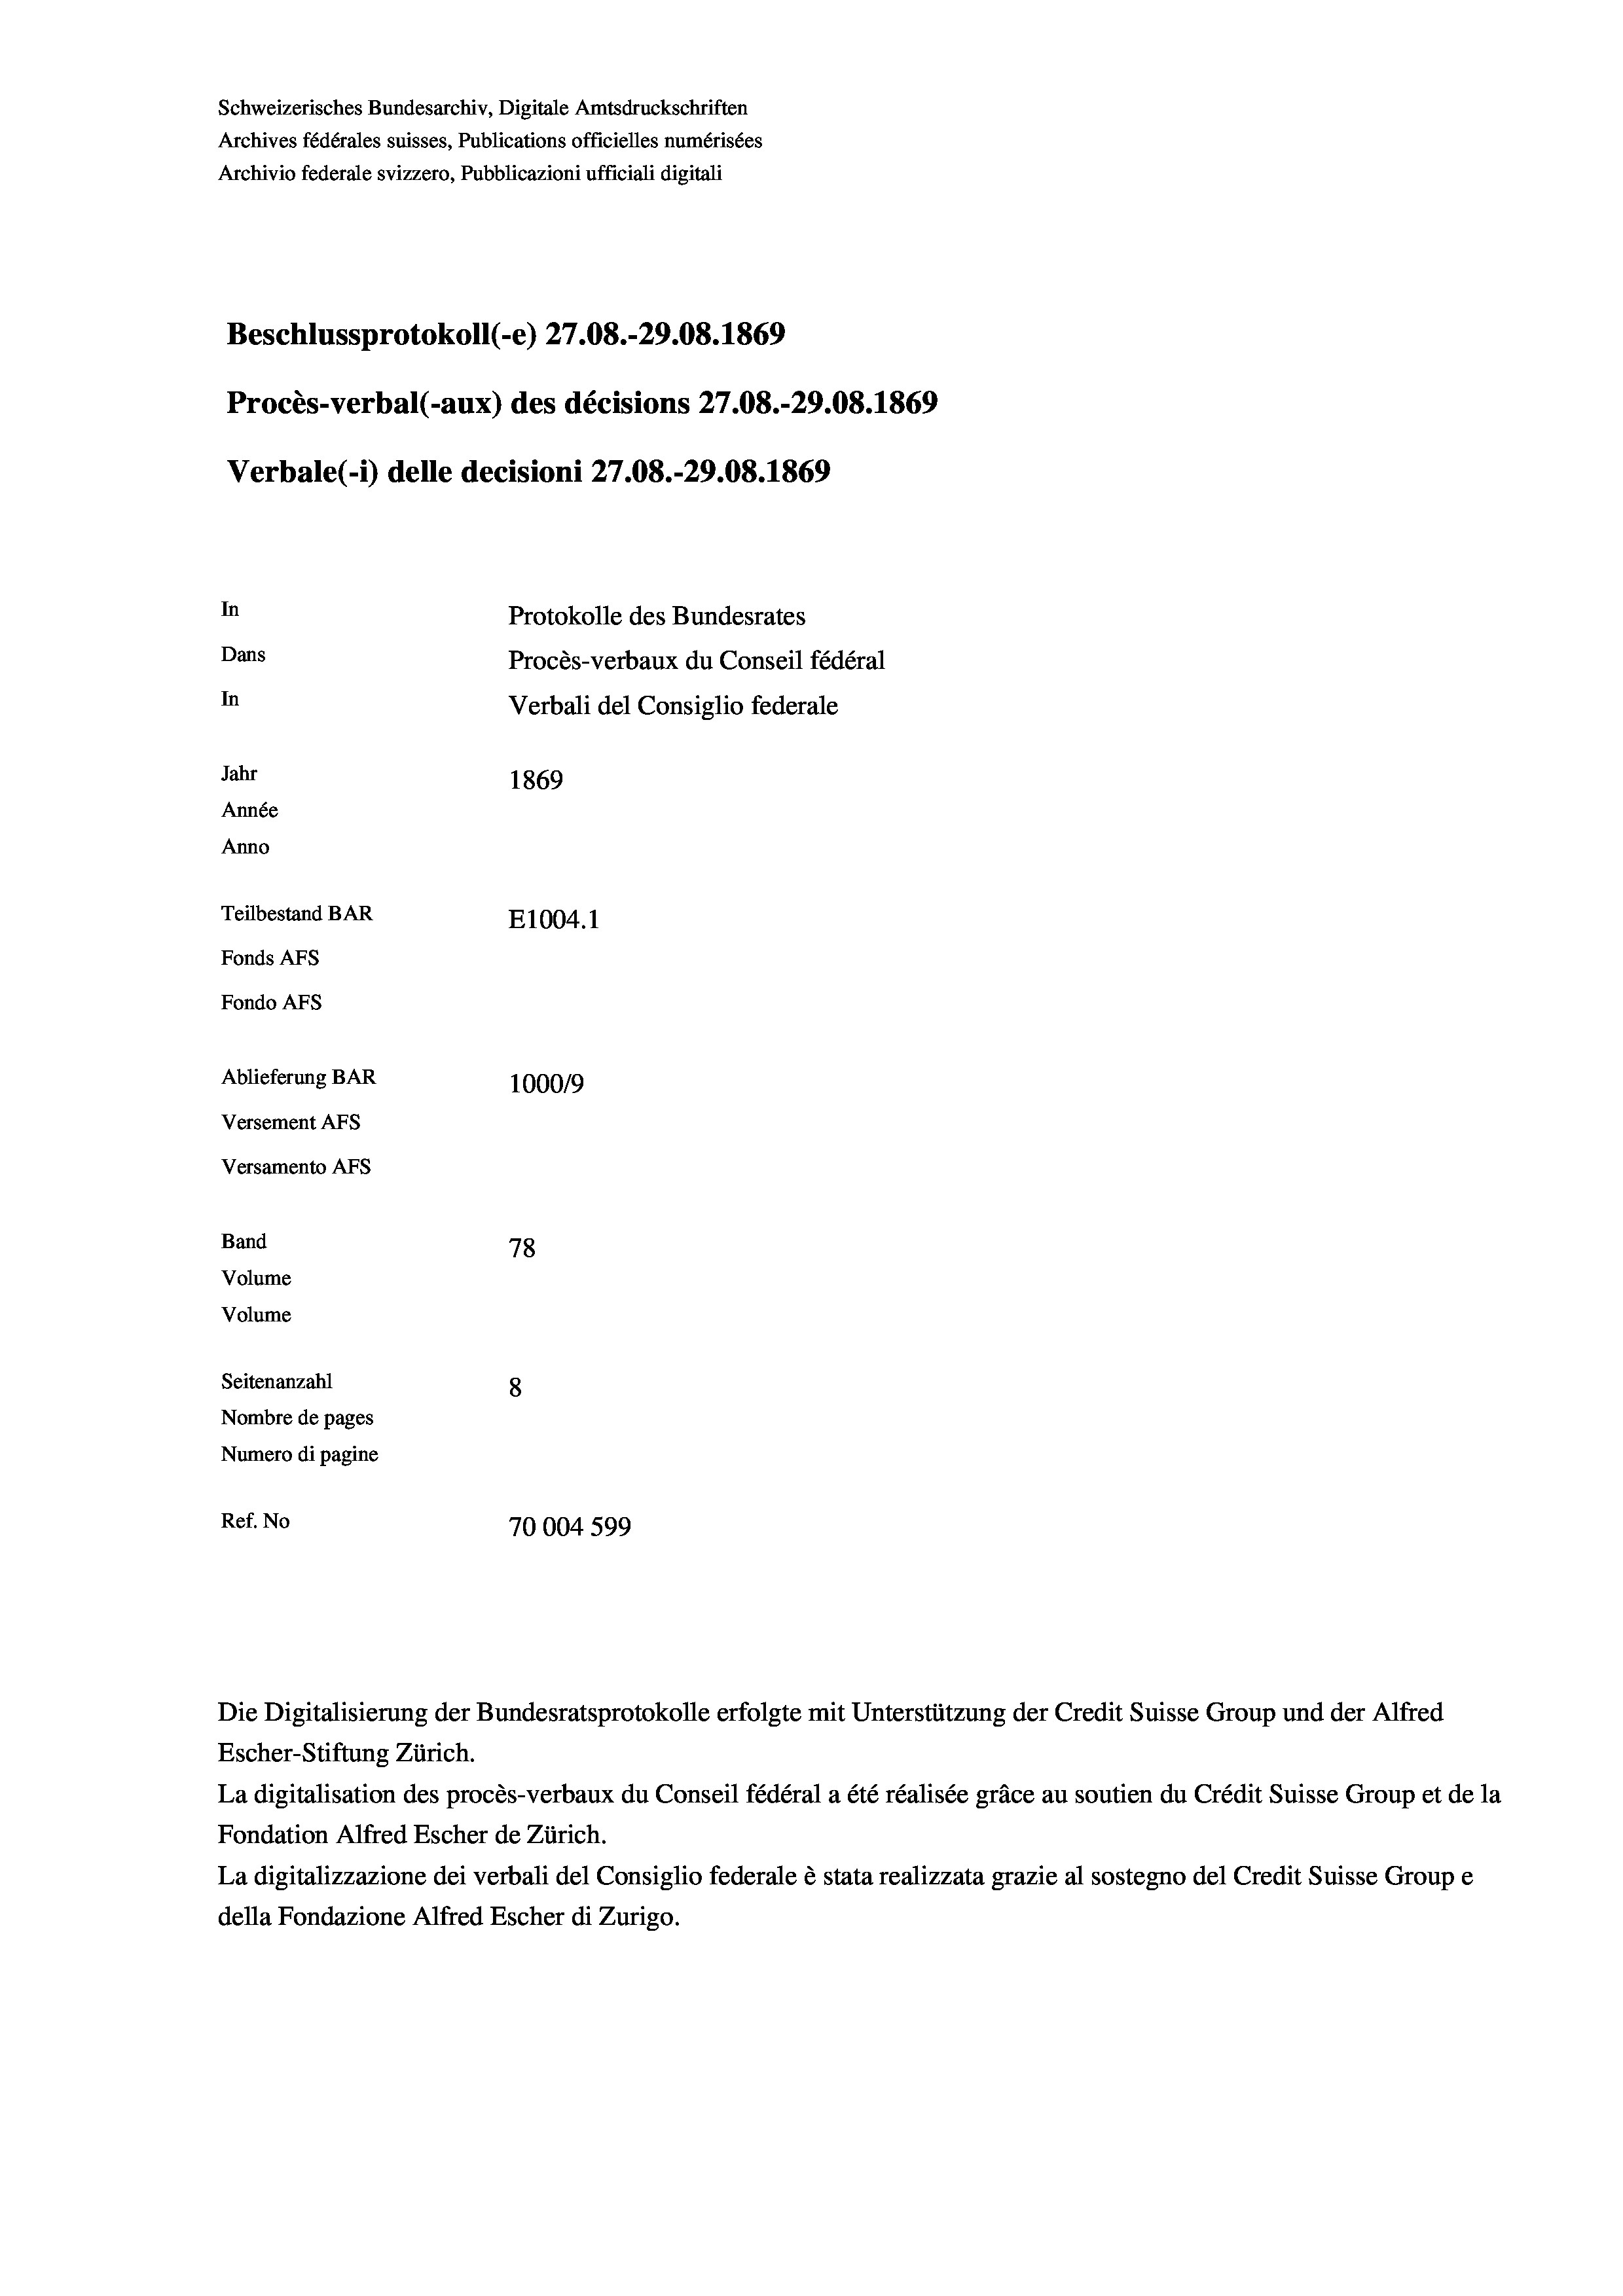
Schweizerisches Bundesarchiv, Digitale Amtsdruckschriften
Archives fédérales suisses, Publications officielles numérisées
Archivio federale svizzero, Pubblicazioni ufficiali digitali
Beschlussprotokoll (-e) 27.08.-29.08. 1869
Procès-verbal (-aux) des décisions 27.08.-29.08. 1869
Verbale (- 1) delle decisioni 27.08.-29.08. 1869
In
Protokolle des Bundesrates
Dans
Procès-verbaux du Conseil fédéral
In
Verbali del Consiglio federale
Jahr
1869
Année
Anno
Teilbestand BAR
E1004.1
Fonds AFs
Fondo AFS
Ablieferung BAR
1000/9
Versement As
Versamento AFs
Band
78

Volume
Volume
Seitenanzahl
8
Nombre de pages
Numero di pagine
Ref. No
70004 599

Die Digitalisierung der Bundesratsprotokolle erfolgte mit Unterstützung der Credit Suisse Group und der Alfred
Escher-Stiftung Zürich.
La digitalisation des procès-verbaux du Conseil fédéral a été réalisée gräce au soutien du Crédit Suisse Group et de la
Fondation Alfred Escher de Zürich.
La digitalizzazione dei verbali del Consiglio federale è stata realizzata grazie al sostegno del Credit Suisse Groupe
della Fondazione Alfred Escher di Zurigo.